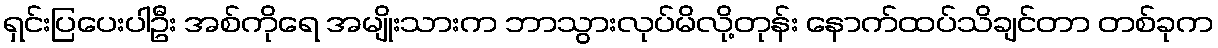
ရှင်းပြပေးပါဦး အစ်ကိုရေ အမျိုးသားက ဘာသွားလုပ်မိလို့တုန်း နောက်ထပ်သိချင်တာ တစ်ခုက